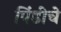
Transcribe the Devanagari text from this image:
पिंडीचे